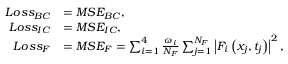
\begin{array} { r l } { L o s s _ { B C } } & { = M S E _ { B C } , } \\ { L o s s _ { I C } } & { = M S E _ { I C } , } \\ { L o s s _ { F } } & { = M S E _ { F } = \sum _ { i = 1 } ^ { 4 } \frac { \omega _ { i } } { N _ { F } } \sum _ { j = 1 } ^ { N _ { F } } \left| F _ { i } \left( x _ { j } , t _ { j } \right) \right| ^ { 2 } , } \end{array}